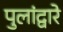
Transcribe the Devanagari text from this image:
पुलांद्वारे